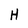
Character: H